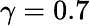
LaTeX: \gamma=0.7